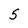
Character: 5